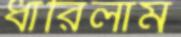
ধারিলাম